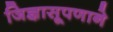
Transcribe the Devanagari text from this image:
जिज्ञासूपणाने